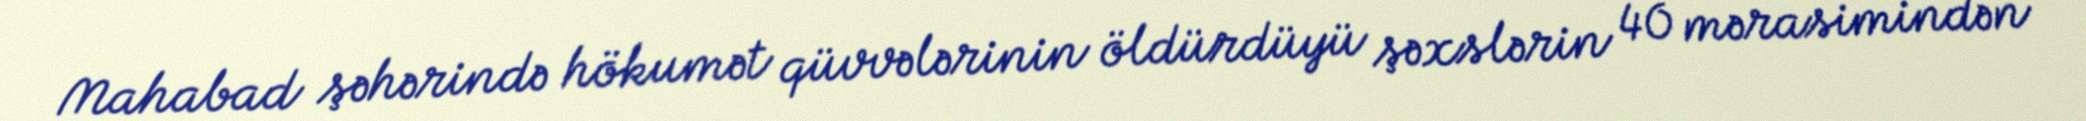
Mahabad şəhərində hökumət qüvvələrinin öldürdüyü şəxslərin 40 mərasimindən